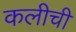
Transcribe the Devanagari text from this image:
कलीची